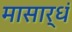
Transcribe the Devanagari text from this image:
मासार्धं